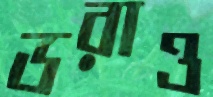
ডরাও